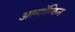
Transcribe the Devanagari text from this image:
अल्गॉन्किन